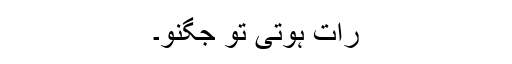
رات ہوتی تو جگنو۔